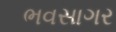
ભવસાગર